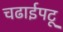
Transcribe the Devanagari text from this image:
चढाईपटू